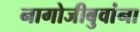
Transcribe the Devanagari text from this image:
नागोजीबुवांना